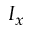
I _ { x }